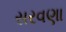
સરવણા